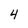
Character: 4